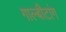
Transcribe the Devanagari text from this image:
गाल्बीटांग